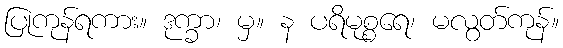
ပြုကုန်ရကား။ ဒုက္ခာ၊ မှ။ န ပရိမုစ္စရေ၊ မလွတ်ကုန်။